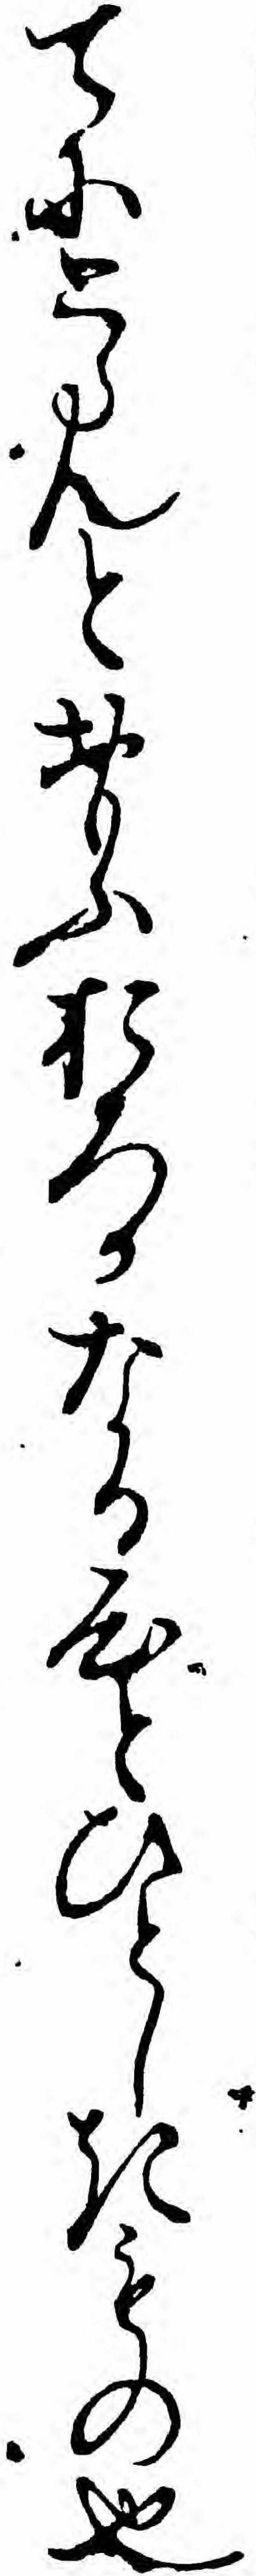
てにとらんとおもふおろかなる心とひとしきもの也